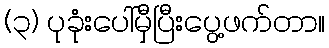
(၃) ပုခုံးပေါ်မှီပြီးပွေ့ဖက်တာ။